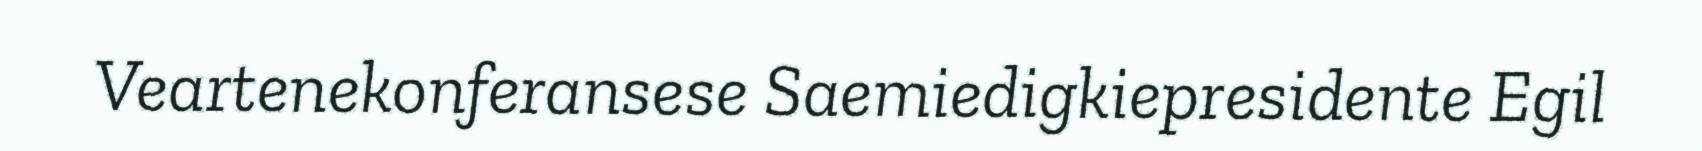
Veartenekonferansese Saemiedigkiepresidente Egil